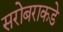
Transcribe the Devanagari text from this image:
सरोबराकडे